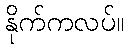
နိုက်ကလပ်။